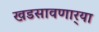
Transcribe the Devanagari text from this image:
खडसावणार्‍या